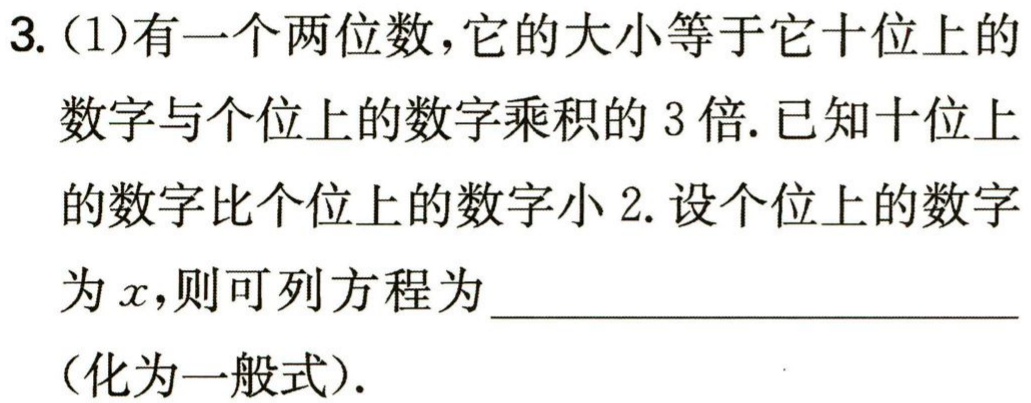
3.（1）有一个两位数，它的大小等于它十位上的数字与个位上的数字乘积的3倍. 已知十位上的数字比个位上的数字小2. 设个位上的数字为\(x\)，则可列方程为  （化为一般式）.